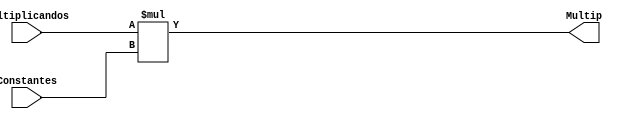
`timescale 1ns / 1ps
//////////////////////////////////////////////////////////////////////////////////
// Company: 
// 
// Design Name: 
// Module Name:    Multiplicador 
// Project Name: 
// Target Devices: 
// Tool versions: 
// Description: 
//
// Dependencies: 
//
// Revision: 
// Revision 0.01 - File Created
// Additional Comments: 
//
//////////////////////////////////////////////////////////////////////////////////
module Multiplicador #(parameter N = 24 /* Valor de N*/)(
	input wire [N-1:0] Multiplicandos,
	input wire [N-1:0] Constantes,
	output reg [2*N-1:0] Multip
    );
	 
always@*
begin
Multip = (Multiplicandos*Constantes);
end

endmodule